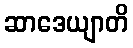
ဆာဒေယျာတိ